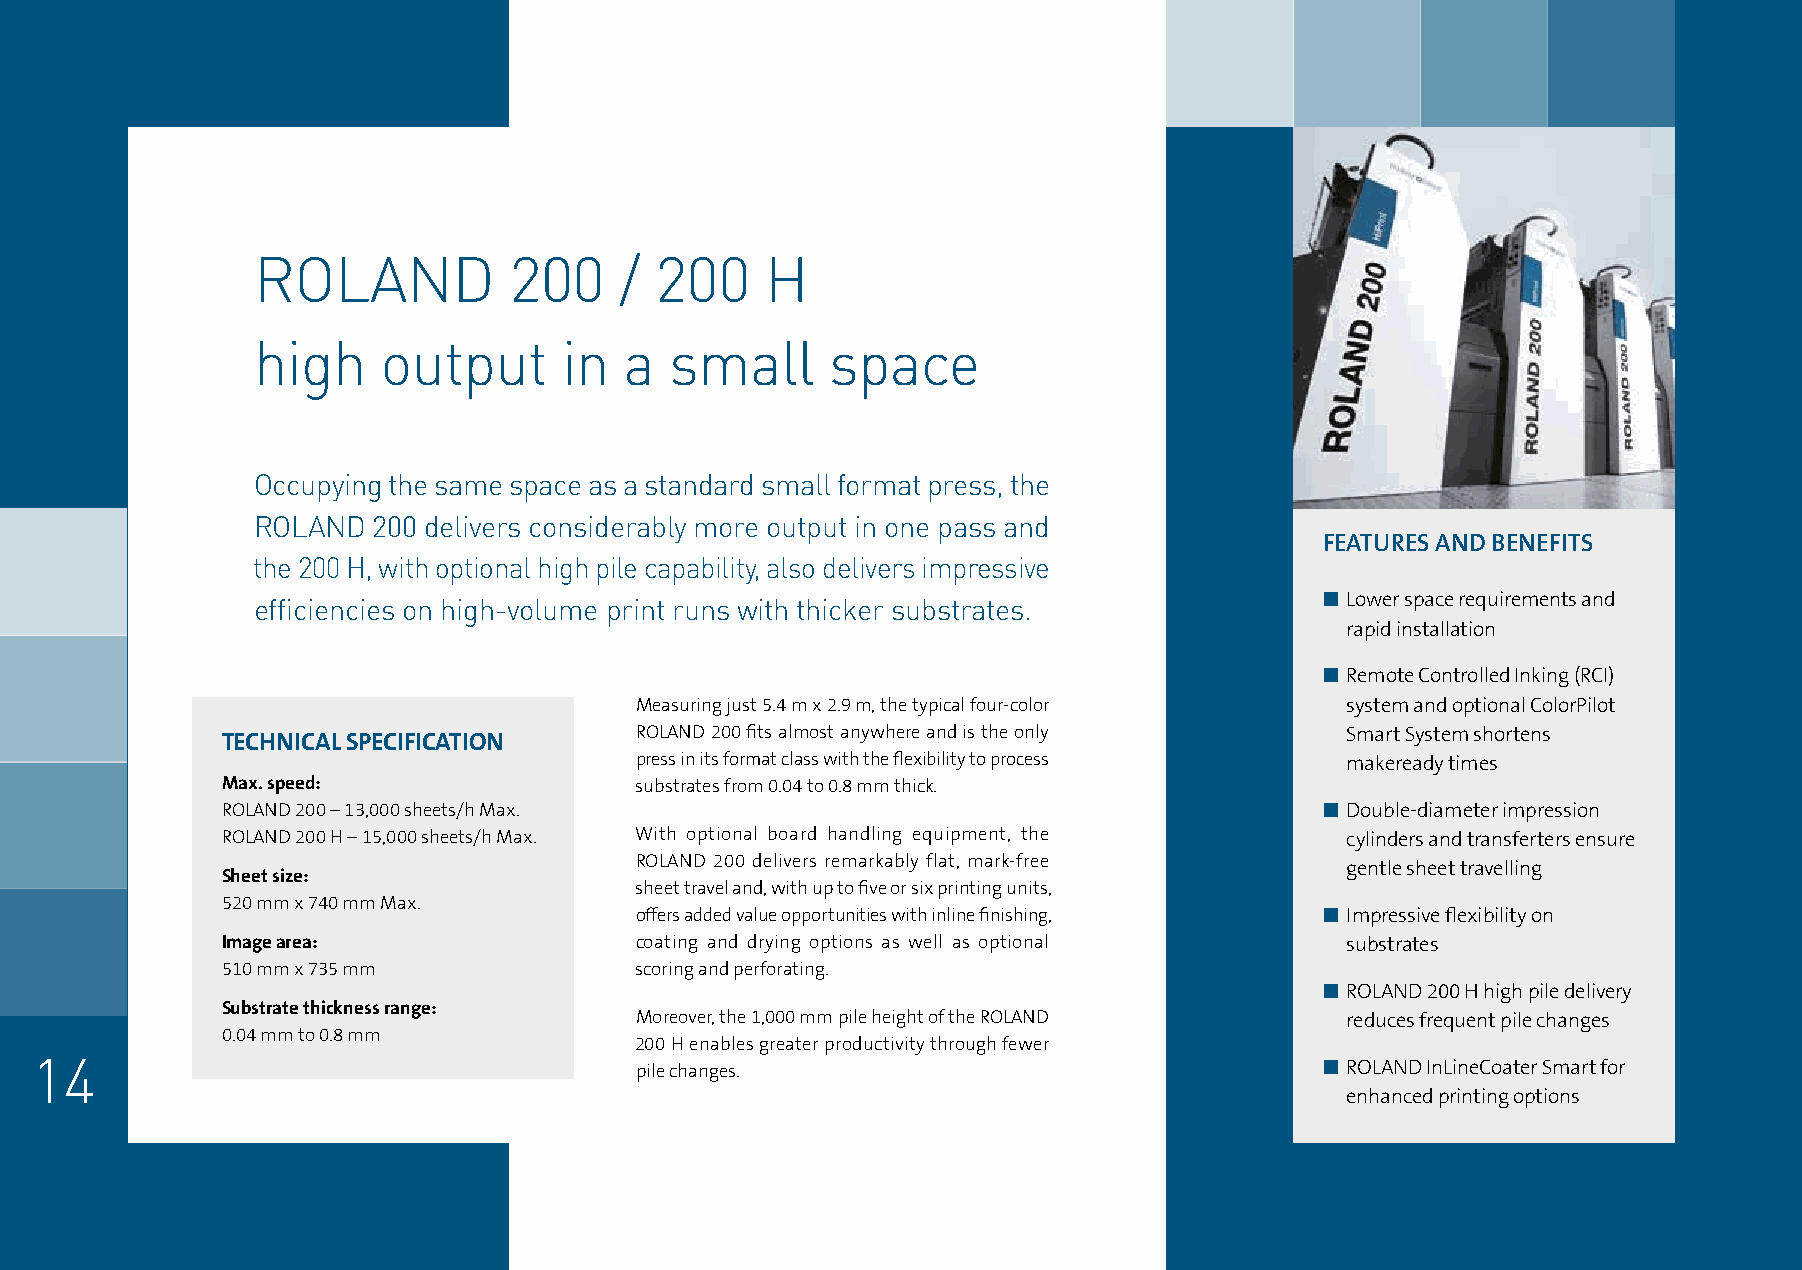
ROLAND           200    / 200     H
 high    output      in  a  small      space
 Occupying the same space as a standard small format press, the
 ROLAND  200 delivers considerably more output in one pass and
 FEATURES AND BENEFITS
 the 200 H, with optional high pile capability, also delivers impressive
 efficiencies on high-volume print runs with thicker substrates.        n Lower space requirements and
 rapid installation
 n Remote Controlled Inking (RCI)
 Measuring just 5.4 m x 2.9 m, the typical four-color system and optional ColorPilot
 TECHNICAL SPECIFICATION    ROLAND 200 fits almost anywhere and is the only Smart System shortens
 press in its format class with the flexibility to process makeready times
 Max. speed:                substrates from 0.04 to 0.8 mm thick.
 ROLAND 200 – 13,000 sheets/h Max.                                        n Double-diameter impression
 ROLAND 200 H – 15,000 sheets/h Max. With optional board handling equipment, the cylinders and transferters ensure
 ROLAND 200 delivers remarkably flat, mark-free
 gentle sheet travelling
 Sheet size:
 sheet travel and, with up to five or six printing units,
 520 mm x 740 mm Max.
 offers added value opportunities with inline finishing, n Impressive flexibility on
 Image area:                coating and drying options as well as optional substrates
 510 mm x 735 mm            scoring and perforating.
 n ROLAND 200 H high pile delivery
 Substrate thickness range:
 Moreover, the 1,000 mm pile height of the ROLAND reduces frequent pile changes
 0.04 mm to 0.8 mm
 200 H enables greater productivity through fewer
 14                                      pile changes.                                 n ROLAND InLineCoater Smart for
 enhanced printing options